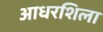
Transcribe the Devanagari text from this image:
आधरशिला